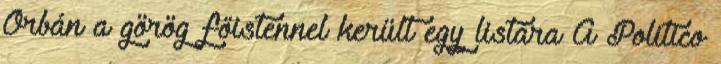
Orbán a görög főistennel került egy listára A Politico